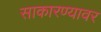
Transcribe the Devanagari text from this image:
साकारण्यावर